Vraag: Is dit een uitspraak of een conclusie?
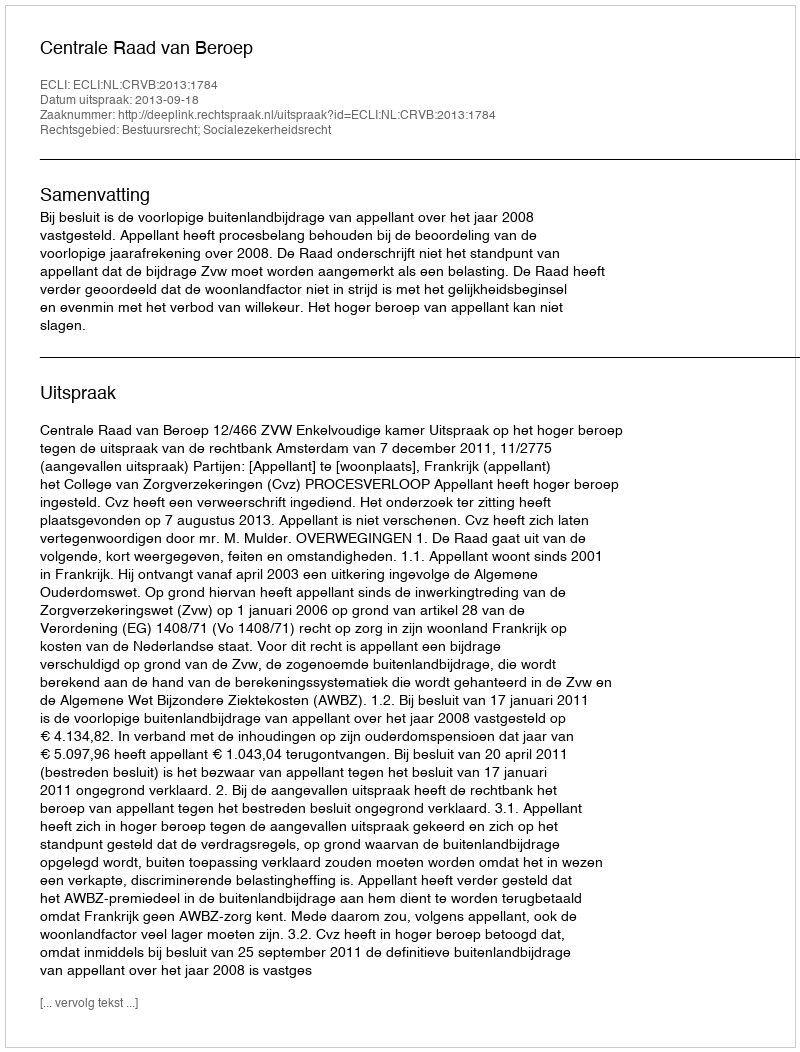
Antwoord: Uitspraak